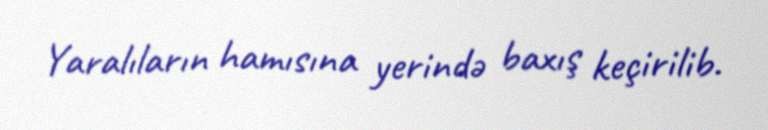
Yaralıların hamısına yerində baxış keçirilib.